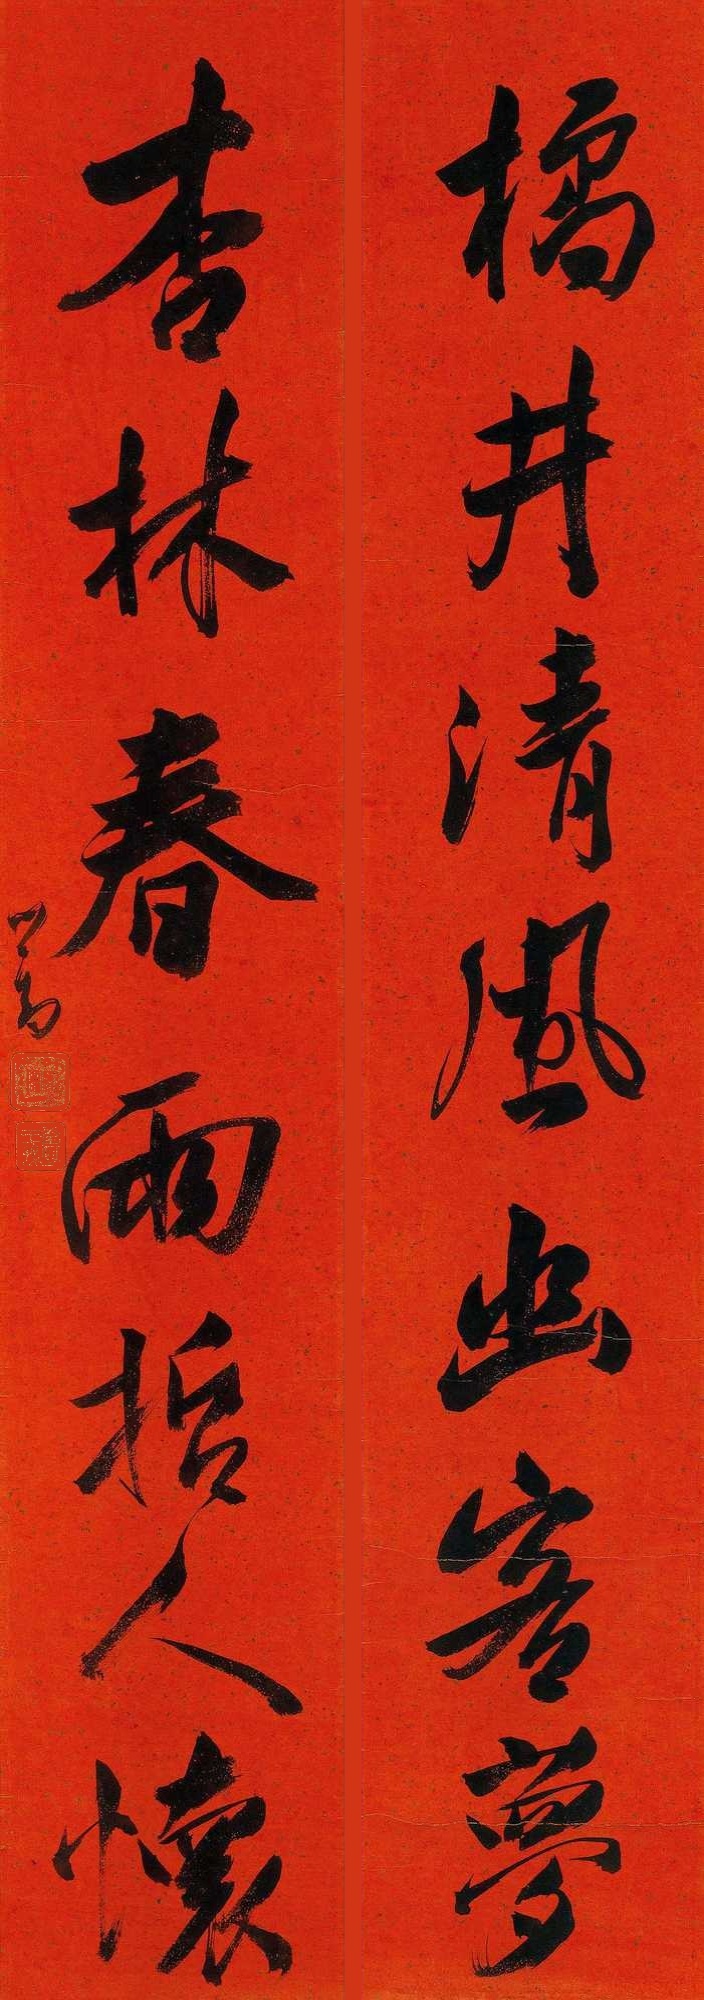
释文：橘井清风幽客梦，杏林春雨哲人怀。心畬。